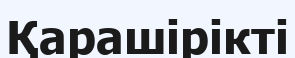
Қарашірікті